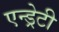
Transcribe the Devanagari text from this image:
एन्ड्रेटी